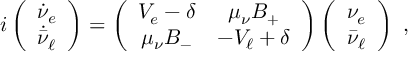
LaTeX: i \left( \begin{array} { l } { { \dot { \nu } _ { e } } } \\ { { \dot { \bar { \nu } _ { \ell } } } } \end{array} \right) = \left( \begin{array} { c c } { { V _ { e } - \delta } } & { { \mu _ { \nu } B _ { + } } } \\ { { \mu _ { \nu } B _ { - } } } & { { - V _ { \ell } + \delta } } \end{array} \right) \left( \begin{array} { c } { { \nu _ { e } } } \\ { { \bar { \nu } _ { \ell } } } \end{array} \right) ~ ,